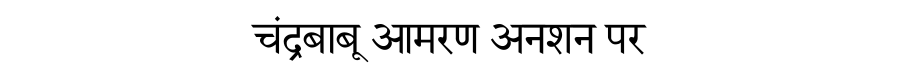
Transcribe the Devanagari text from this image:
चंद्रबाबू आमरण अनशन पर